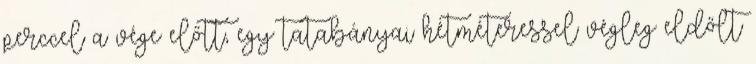
perccel a vége előtt, egy tatabányai hétméteressel végleg eldőlt